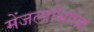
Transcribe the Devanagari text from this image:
मेंजलाभिषेक